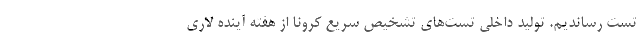
تست رساندیم. تولید داخلی تست‌های تشخیص سریع کرونا از هفته آینده لاری